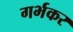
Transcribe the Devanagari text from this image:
गर्भकर